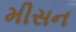
મીસન